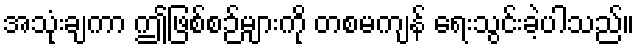
အသုံးချကာ ဤဖြစ်စဉ်များကို တစမကျန် ရေးသွင်းခဲ့ပါသည်။